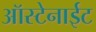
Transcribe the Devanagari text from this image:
ऑस्टेनाईट